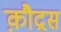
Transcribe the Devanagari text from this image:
क़ौद्रस